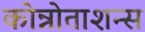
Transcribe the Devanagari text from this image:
कोन्नोताशन्स